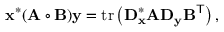
\mathbf { x } ^ { * } ( \mathbf { A } \circ \mathbf { B } ) \mathbf { y } = \mathrm { t r } \left( \mathbf { D } _ { \mathbf { x } } ^ { * } \mathbf { A } \mathbf { D } _ { \mathbf { y } } \mathbf { B } ^ { \mathsf { T } } \right) ,